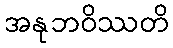
အနုဘဝိဿတိ